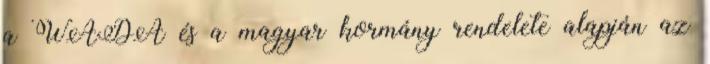
a WADA és a magyar kormány rendelete alapján az